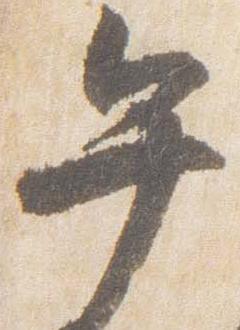
午